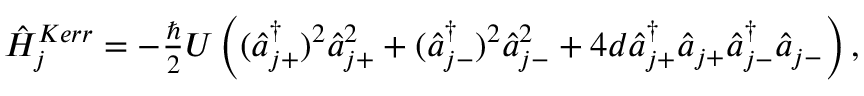
\begin{array} { r } { \hat { H } _ { j } ^ { K e r r } = - \frac { \hbar } { 2 } U \left( ( \hat { a } _ { j + } ^ { \dagger } ) ^ { 2 } \hat { a } _ { j + } ^ { 2 } + ( \hat { a } _ { j - } ^ { \dagger } ) ^ { 2 } \hat { a } _ { j - } ^ { 2 } + 4 d \hat { a } _ { j + } ^ { \dagger } \hat { a } _ { j + } \hat { a } _ { j - } ^ { \dagger } \hat { a } _ { j - } \right) , } \end{array}